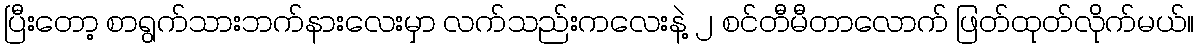
ပြီးတော့ စာရွက်သားဘက်နားလေးမှာ လက်သည်းကလေးနဲ့ ၂ စင်တီမီတာလောက် ဖြတ်ထုတ်လိုက်မယ်။